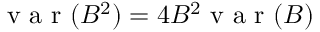
\mathrm { ~ v ~ a ~ r ~ } ( B ^ { 2 } ) = 4 B ^ { 2 } \mathrm { ~ v ~ a ~ r ~ } ( B )